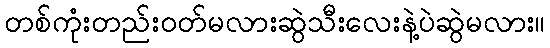
တစ်ကုံးတည်း၀တ်မလားဆွဲသီးလေးနဲ့ပဲဆွဲမလား။